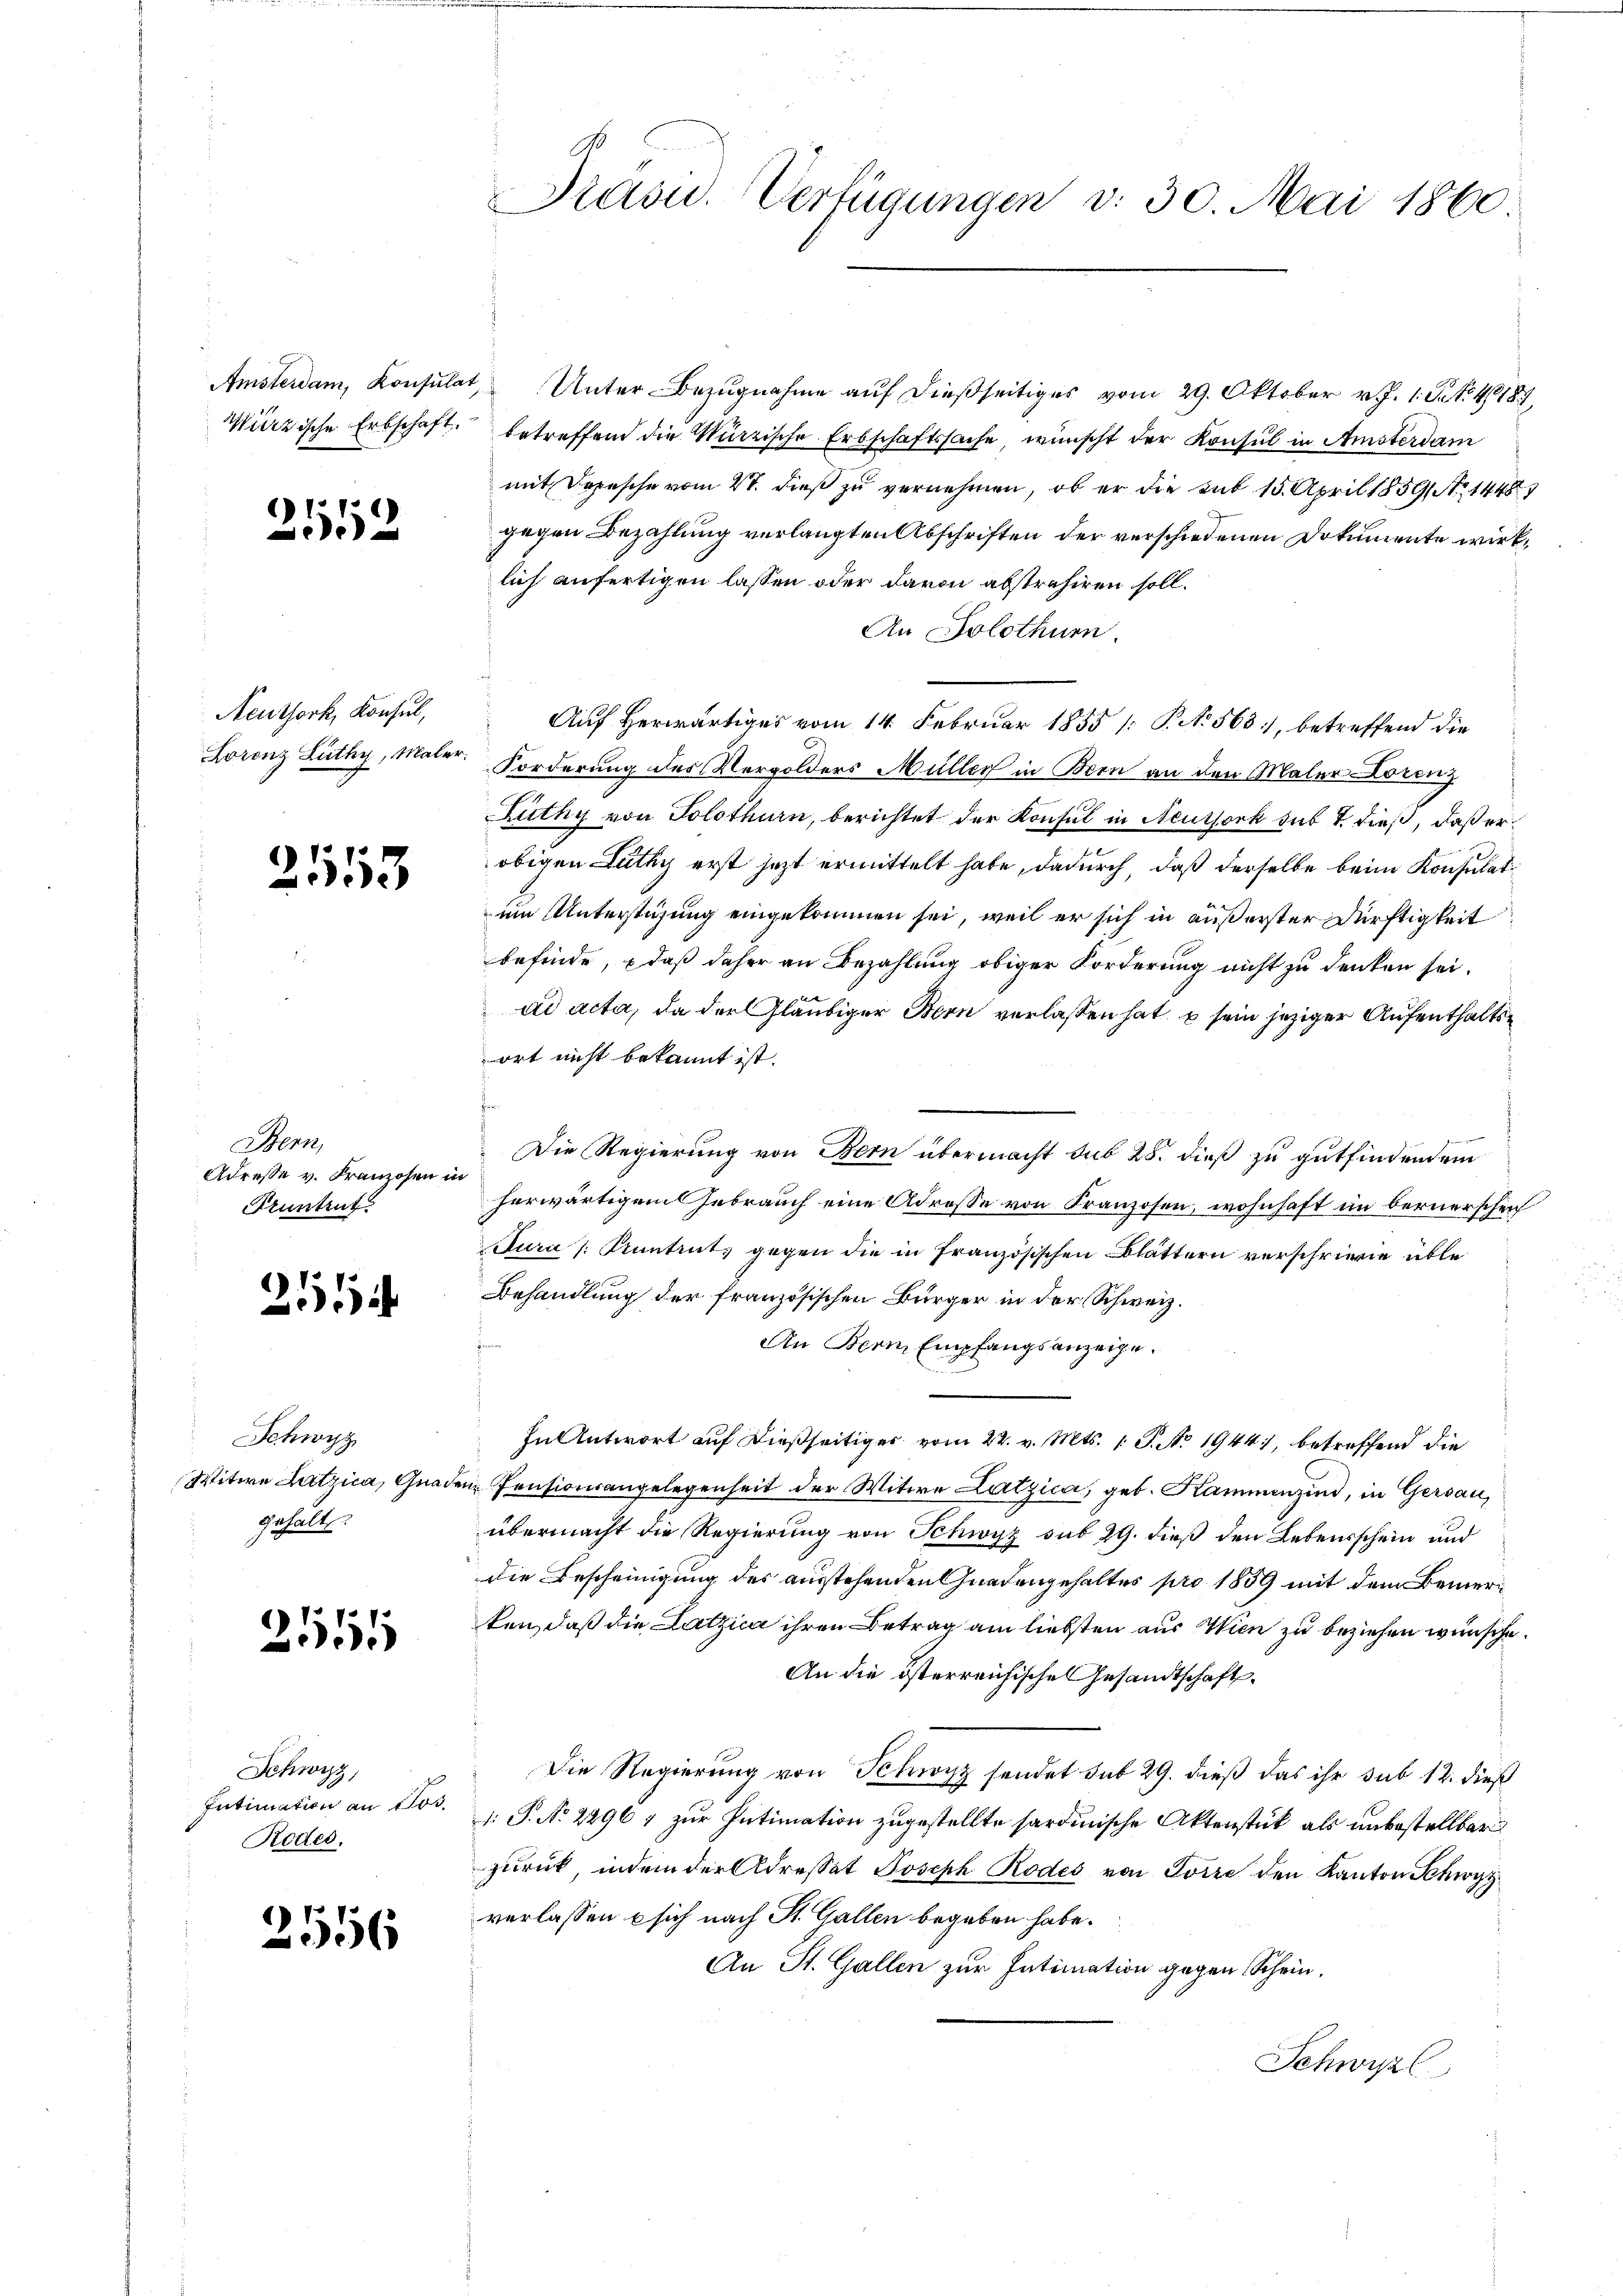
2512

Neuthork, Konsul,

2153

Bern,
Adresse v. Franzosen in
Pruntrut

251

Schwyz
Gehalt

2551

Schwyz,
Intimation an Jos.
Rodes.

2556

Amsterdam, Konsulat Unter-Bezŭgnahme aŭf dießseitiges vom 29. Oktober v. J. 1. Petr. 4187,
Würzische Erbschaft betreffend die Würzische Erbschaftssache, wünscht der Konsul in Amsterdam
mit Depesche vom 4. dieß zu vernehmen, ob er die sub 15. April 1859 No 144827
gegen Bezahlung verlangten Abschriften der verschiedenen Dokumente wirklich anfertigen lassen oder davon abstrahiren soll.
An Solothur.
Auf herwärtiges vom 14. Februar 1855 [P. No. 565, betreffend die
Lorenz Lüthy, Maler Forderung des Vergolders Müller in Bern an den Maler Lorenz
Lüthy von Solothurn, berichtet der Konsul in Neuthork sub 7. dieß, daß erobigen Zuthy erst jetzt ermittelt habe, dadurch, daß derselbe beim Konsulat
um Unterstüzung eingekommen sei, weil er sich in äußerster Dürftigkeit
befinde, daß daher an Bezahlung obiger Forderung nicht zu denken sei.
ad acta, da der Gläubiger Bern verlassen hat, u sein jeziger Aufenthaltsort nicht bekannt ist.
Die Regierung von Bern übermacht sub 28. dieß zu gutfindendem
herwärtigem Gebrauch eine Adresse von Franzosen, wohnhaft im Bernerschen
Jura /: Kuntrut, gegen die in Französischen Blättern verschrieie üble
Behandlung der französischen Bürger in der Schweiz.
An Bern, Empfangsanzeige.
In Antwort auf dießseitiger vom 22. v. Mts. 1. J. No. 1944), betreffend die
Witwe Latzica, Gnaden Pensionsangelegenheit der Witwe Latzica, geb. Kammenzind, in Gersau,
übermacht die Regierung von Schwyz sub 29. dieß den Lebensschein und
die Bescheinigung des ausstehenden Gnadengehaltes pro 1859 mit dem Bemerken, daß die Latzica ihren Betrag am liebsten aus Wien zu beziehen wünsche.
An die österreichischen Gesandtschaft.
Die Regierung von Schwyz sendet sub 29. dieß das ihr sub 12. dieß
1: P. Nr. 2296 7 zur Intimation zugestellte sardinische Aktenstück als unbestellbar
zurück, indem der Adressat Joseph Rodes von Toire den Kanton Schwyz
verlassen  sich nach St. Gallen begeben habe.
An St. Gallen zur Intimation gegen Schein.
Schwil

Präsid. Verfügungen v. 30. Mai 1860.